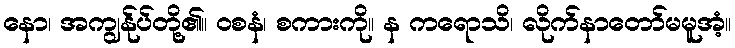
နော၊ အကျွန်ုပ်တို့၏။ ဝစနံ၊ စကားကို။ န ကရောသိ၊ လိုက်နာတော်မမူအံ့။